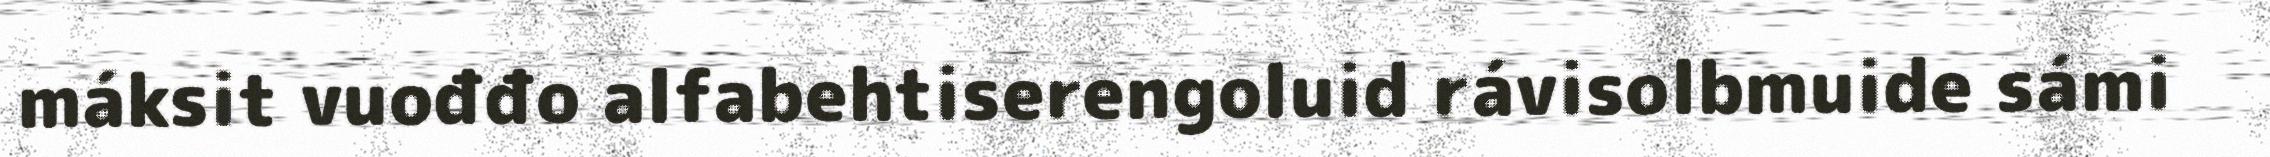
máksit vuođđo alfabehtiserengoluid rávisolbmuide sámi